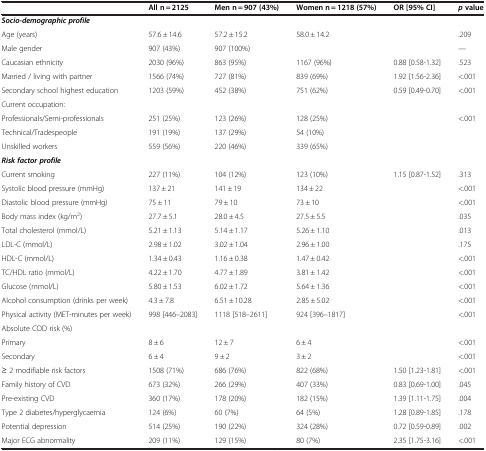
<table><thead><tr><td><b> </b></td><td><b>All n = 2125</b></td><td><b>Men n = 907 (43%)</b></td><td><b>Women n = 1218 (57%)</b></td><td><b>OR [95% CI]</b></td><td><b><i>p</i>value</b></td></tr></thead><tbody><tr><td colspan="6"><b><i>Socio-demographic profile</i></b></td></tr><tr><td>Age (years)</td><td>57.6 ± 14.6</td><td>57.2 ± 15.2</td><td>58.0 ± 14.2</td><td> </td><td>.209</td></tr><tr><td>Male gender</td><td>907 (43%)</td><td>907 (100%)</td><td> </td><td> </td><td>—</td></tr><tr><td>Caucasian ethnicity</td><td>2030 (96%)</td><td>863 (95%)</td><td>1167 (96%)</td><td>0.88 [0.58-1.32]</td><td>.523</td></tr><tr><td>Married / living with partner</td><td>1566 (74%)</td><td>727 (81%)</td><td>839 (69%)</td><td>1.92 [1.56-2.36]</td><td>&lt;.001</td></tr><tr><td>Secondary school highest education</td><td>1203 (59%)</td><td>452 (38%)</td><td>751 (62%)</td><td>0.59 [0.49-0.70]</td><td>&lt;.001</td></tr><tr><td colspan="6">Current occupation:</td></tr><tr><td>Professionals/Semi-professionals</td><td>251 (25%)</td><td>123 (26%)</td><td>128 (25%)</td><td> </td><td>&lt;.001</td></tr><tr><td>Technical/Tradespeople</td><td>191 (19%)</td><td>137 (29%)</td><td>54 (10%)</td><td> </td><td> </td></tr><tr><td>Unskilled workers</td><td>559 (56%)</td><td>220 (46%)</td><td>339 (65%)</td><td> </td><td> </td></tr><tr><td colspan="6"><b><i>Risk factor profile</i></b></td></tr><tr><td>Current smoking</td><td>227 (11%)</td><td>104 (12%)</td><td>123 (10%)</td><td>1.15 [0.87-1.52]</td><td>.313</td></tr><tr><td>Systolic blood pressure (mmHg)</td><td>137 ± 21</td><td>141 ± 19</td><td>134 ± 22</td><td> </td><td>&lt;.001</td></tr><tr><td>Diastolic blood pressure (mmHg)</td><td>75 ± 11</td><td>79 ± 10</td><td>73 ± 10</td><td> </td><td>&lt;.001</td></tr><tr><td>Body mass index (kg/m<sup>2</sup>)</td><td>27.7 ± 5.1</td><td>28.0 ± 4.5</td><td>27.5 ± 5.5</td><td> </td><td>.035</td></tr><tr><td>Total cholesterol (mmol/L)</td><td>5.21 ± 1.13</td><td>5.14 ± 1.17</td><td>5.26 ± 1.10</td><td> </td><td>.013</td></tr><tr><td>LDL-C (mmol/L)</td><td>2.98 ± 1.02</td><td>3.02 ± 1.04</td><td>2.96 ± 1.00</td><td> </td><td>.175</td></tr><tr><td>HDL-C (mmol/L)</td><td>1.34 ± 0.43</td><td>1.16 ± 0.38</td><td>1.47 ± 0.42</td><td> </td><td>&lt;.001</td></tr><tr><td>TC/HDL ratio (mmol/L)</td><td>4.22 ± 1.70</td><td>4.77 ± 1.89</td><td>3.81 ± 1.42</td><td> </td><td>&lt;.001</td></tr><tr><td>Glucose (mmol/L)</td><td>5.80 ± 1.53</td><td>6.02 ± 1.72</td><td>5.64 ± 1.36</td><td> </td><td>&lt;.001</td></tr><tr><td>Alcohol consumption (drinks per week)</td><td>4.3 ± 7.8</td><td>6.51 ± 10.28</td><td>2.85 ± 5.02</td><td> </td><td>&lt;.001</td></tr><tr><td>Physical activity (MET-minutes per week)</td><td>998 [446–2083]</td><td>1118 [518–2611]</td><td>924 [396–1817]</td><td> </td><td>&lt;.001</td></tr><tr><td>Absolute COD risk (%)</td><td> </td><td> </td><td> </td><td> </td><td> </td></tr><tr><td>Primary</td><td>8 ± 6</td><td>12 ± 7</td><td>6 ± 4</td><td> </td><td>&lt;.001</td></tr><tr><td>Secondary</td><td>6 ± 4</td><td>9 ± 2</td><td>3 ± 2</td><td> </td><td>&lt;.001</td></tr><tr><td>≥ 2 modifiable risk factors</td><td>1508 (71%)</td><td>686 (76%)</td><td>822 (68%)</td><td>1.50 [1.23-1.81]</td><td>&lt;.001</td></tr><tr><td>Family history of CVD</td><td>673 (32%)</td><td>266 (29%)</td><td>407 (33%)</td><td>0.83 [0.69-1.00]</td><td>.045</td></tr><tr><td>Pre-existing CVD</td><td>360 (17%)</td><td>178 (20%)</td><td>182 (15%)</td><td>1.39 [1.11-1.75]</td><td>.004</td></tr><tr><td>Type 2 diabetes/hyperglycaemia</td><td>124 (6%)</td><td>60 (7%)</td><td>64 (5%)</td><td>1.28 [0.89-1.85]</td><td>.178</td></tr><tr><td>Potential depression</td><td>514 (25%)</td><td>190 (22%)</td><td>324 (28%)</td><td>0.72 [0.59-0.89]</td><td>.002</td></tr><tr><td>Major ECG abnormality</td><td>209 (11%)</td><td>129 (15%)</td><td>80 (7%)</td><td>2.35 [1.75-3.16]</td><td>&lt;.001</td></tr></tbody></table>